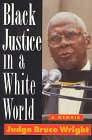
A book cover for Black Justice in a White World: A Memoir; Bruce Wright; Law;